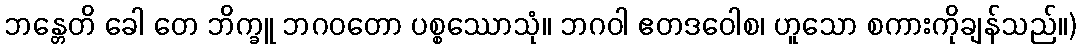
ဘန္တေတိ ခေါ တေ ဘိက္ခူ ဘဂဝတော ပစ္စဿောသုံ။ ဘဂဝါ ဧတဒဝေါစ၊ ဟူသော စကားကိုချန်သည်။)